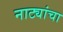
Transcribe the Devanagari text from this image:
नाट्यांचा